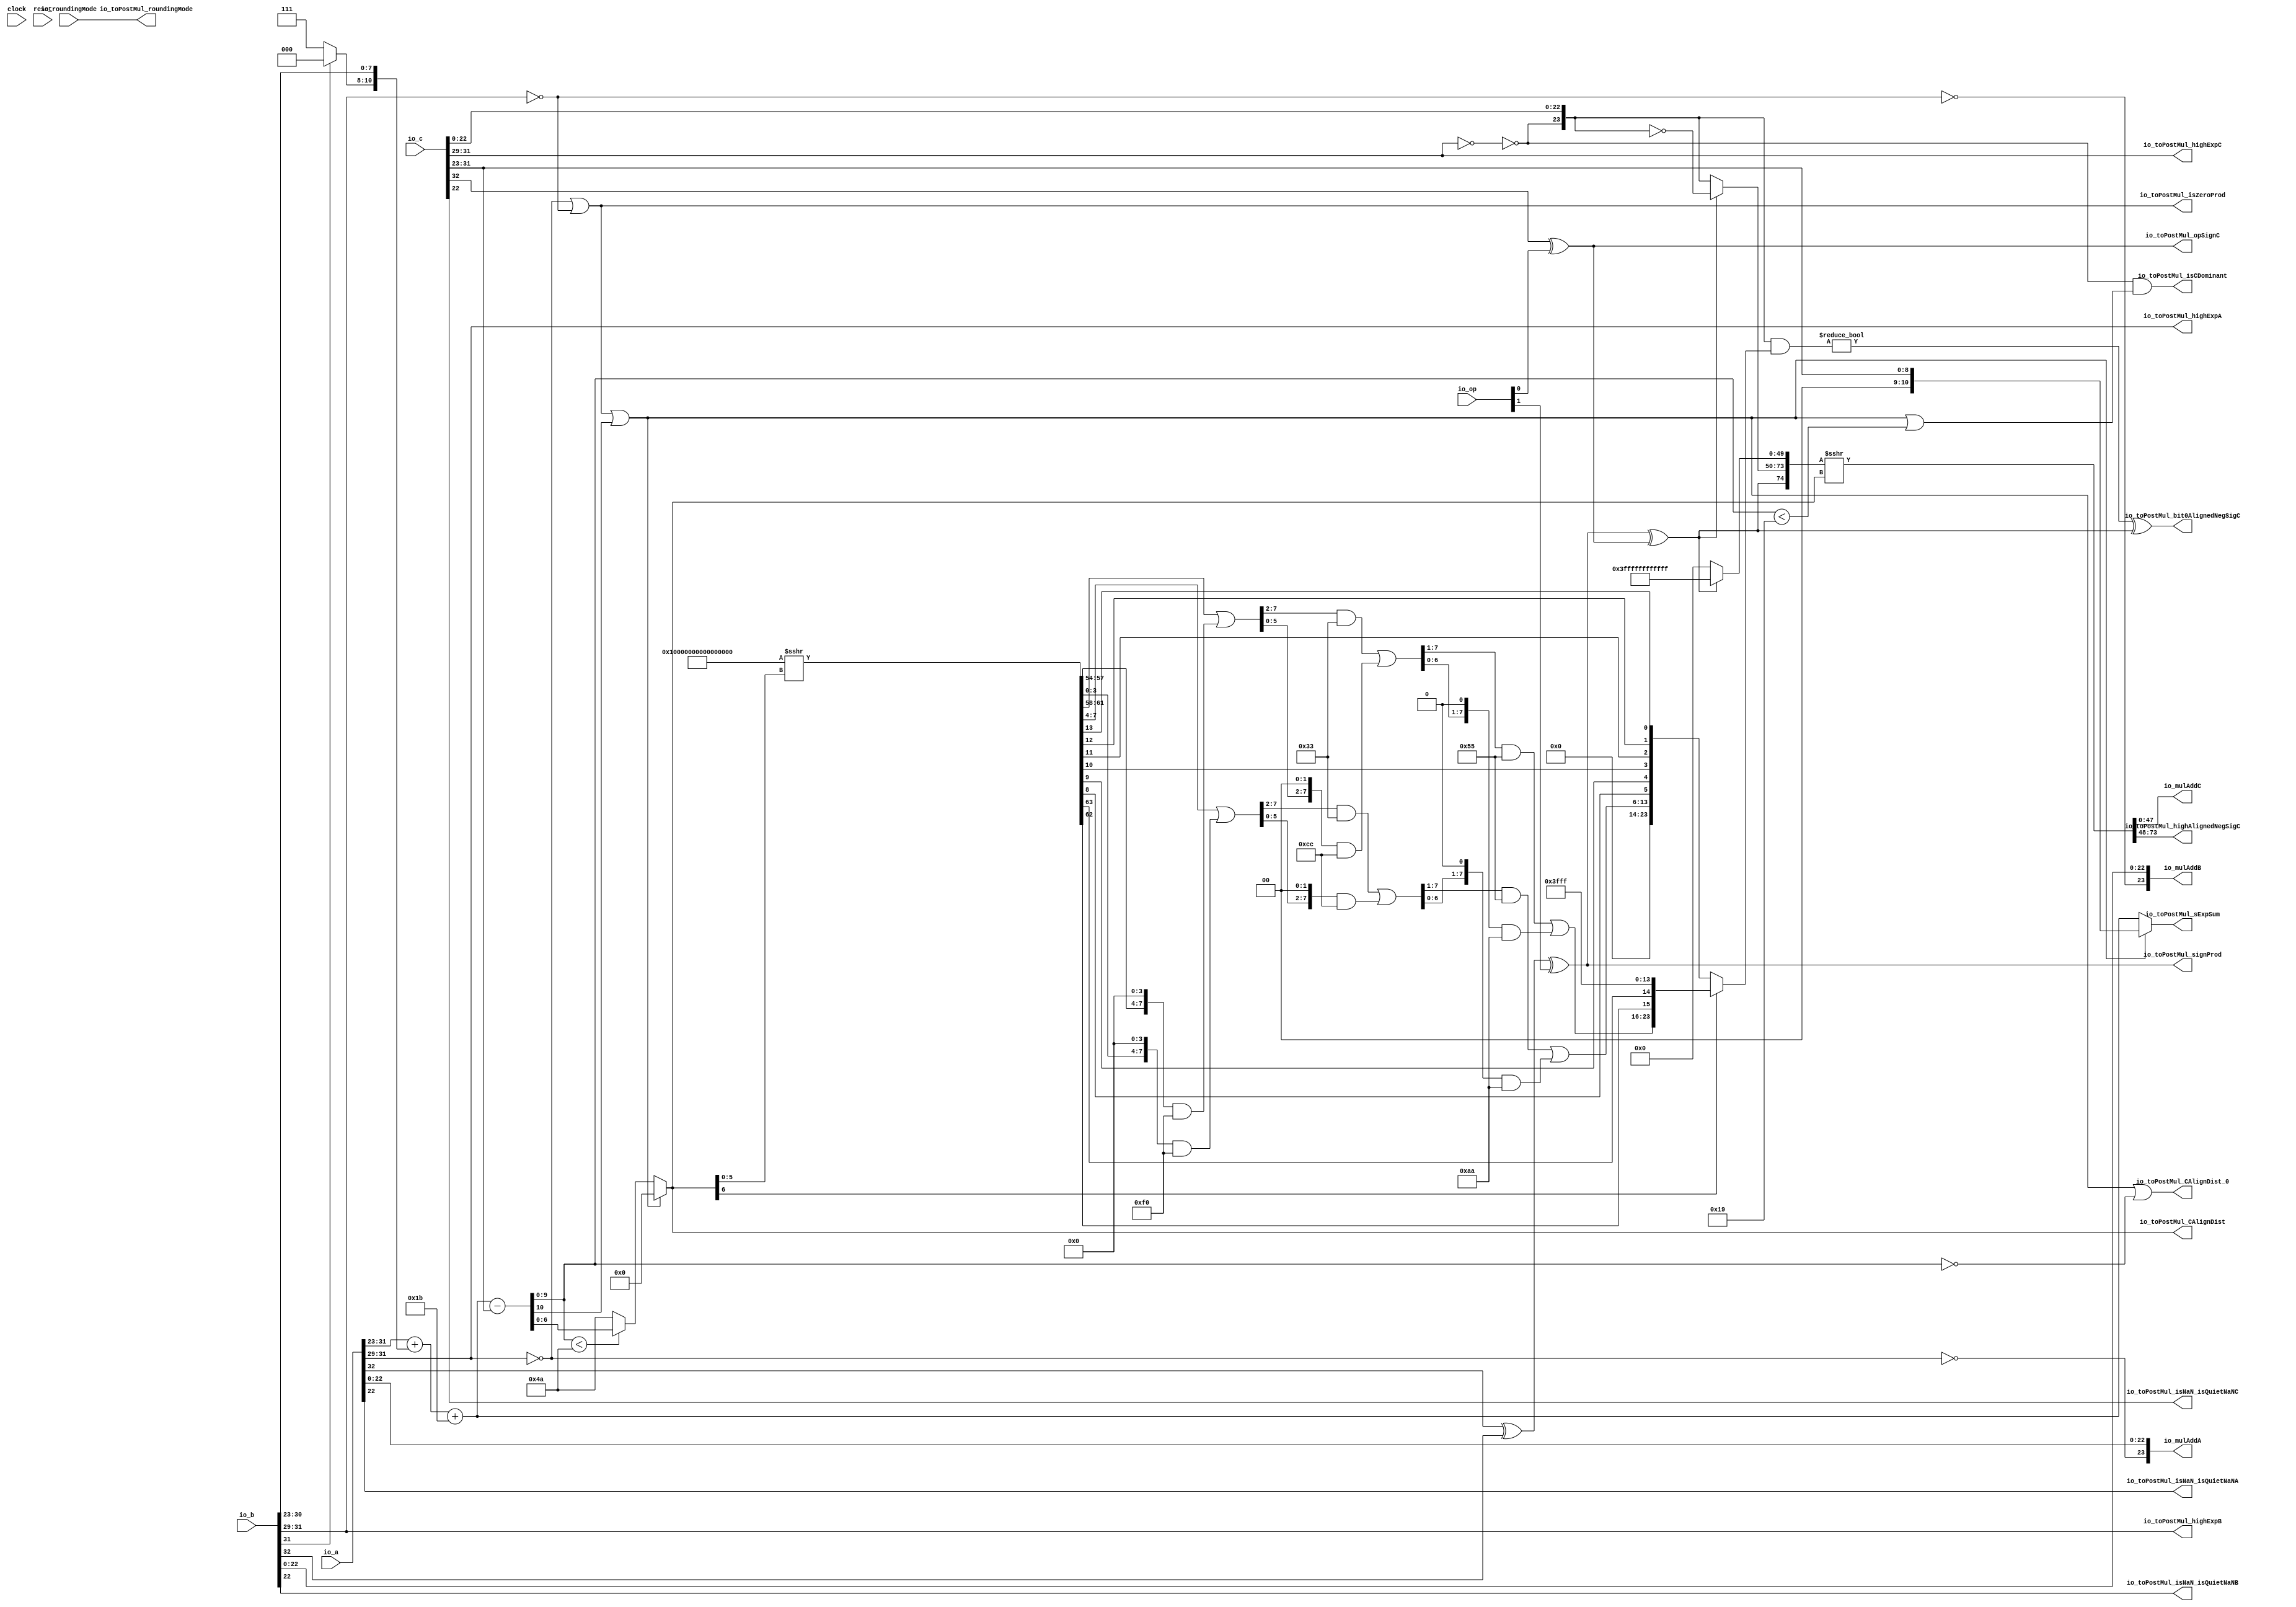
module MulAddRecFN_preMul(
  input   clock,
  input   reset,
  input  [1:0] io_op,
  input  [32:0] io_a,
  input  [32:0] io_b,
  input  [32:0] io_c,
  input  [1:0] io_roundingMode,
  output [23:0] io_mulAddA,
  output [23:0] io_mulAddB,
  output [47:0] io_mulAddC,
  output [2:0] io_toPostMul_highExpA,
  output  io_toPostMul_isNaN_isQuietNaNA,
  output [2:0] io_toPostMul_highExpB,
  output  io_toPostMul_isNaN_isQuietNaNB,
  output  io_toPostMul_signProd,
  output  io_toPostMul_isZeroProd,
  output  io_toPostMul_opSignC,
  output [2:0] io_toPostMul_highExpC,
  output  io_toPostMul_isNaN_isQuietNaNC,
  output  io_toPostMul_isCDominant,
  output  io_toPostMul_CAlignDist_0,
  output [6:0] io_toPostMul_CAlignDist,
  output  io_toPostMul_bit0AlignedNegSigC,
  output [25:0] io_toPostMul_highAlignedNegSigC,
  output [10:0] io_toPostMul_sExpSum,
  output [1:0] io_toPostMul_roundingMode
);
  wire  signA;
  wire [8:0] expA;
  wire [22:0] fractA;
  wire [2:0] _T_52;
  wire  isZeroA;
  wire  _T_55;
  wire [23:0] sigA;
  wire  signB;
  wire [8:0] expB;
  wire [22:0] fractB;
  wire [2:0] _T_56;
  wire  isZeroB;
  wire  _T_59;
  wire [23:0] sigB;
  wire  _T_60;
  wire  _T_61;
  wire  opSignC;
  wire [8:0] expC;
  wire [22:0] fractC;
  wire [2:0] _T_62;
  wire  isZeroC;
  wire  _T_65;
  wire [23:0] sigC;
  wire  _T_66;
  wire  _T_67;
  wire  signProd;
  wire  isZeroProd;
  wire  _T_68;
  wire  _T_70;
  wire [2:0] _T_74;
  wire [7:0] _T_75;
  wire [10:0] _T_76;
  wire [10:0] _GEN_0;
  wire [11:0] _T_77;
  wire [10:0] _T_78;
  wire [11:0] _T_80;
  wire [10:0] sExpAlignedProd;
  wire  doSubMags;
  wire [10:0] _GEN_1;
  wire [11:0] _T_81;
  wire [10:0] sNatCAlignDist;
  wire  _T_82;
  wire  CAlignDist_floor;
  wire [9:0] _T_83;
  wire  _T_85;
  wire  CAlignDist_0;
  wire  _T_90;
  wire  _T_91;
  wire  isCDominant;
  wire  _T_95;
  wire [6:0] _T_96;
  wire [6:0] _T_98;
  wire [6:0] CAlignDist;
  wire [10:0] sExpSum;
  wire  _T_99;
  wire [5:0] _T_100;
  wire [64:0] _T_102;
  wire [9:0] _T_103;
  wire [7:0] _T_104;
  wire [3:0] _T_109;
  wire [7:0] _T_110;
  wire [3:0] _T_111;
  wire [7:0] _GEN_2;
  wire [7:0] _T_112;
  wire [7:0] _T_114;
  wire [7:0] _T_115;
  wire [5:0] _T_119;
  wire [7:0] _GEN_3;
  wire [7:0] _T_120;
  wire [5:0] _T_121;
  wire [7:0] _GEN_4;
  wire [7:0] _T_122;
  wire [7:0] _T_124;
  wire [7:0] _T_125;
  wire [6:0] _T_129;
  wire [7:0] _GEN_5;
  wire [7:0] _T_130;
  wire [6:0] _T_131;
  wire [7:0] _GEN_6;
  wire [7:0] _T_132;
  wire [7:0] _T_134;
  wire [7:0] _T_135;
  wire [1:0] _T_136;
  wire  _T_137;
  wire  _T_138;
  wire [1:0] _T_139;
  wire [9:0] _T_140;
  wire [23:0] _T_142;
  wire [13:0] _T_145;
  wire [7:0] _T_146;
  wire [3:0] _T_151;
  wire [7:0] _T_152;
  wire [3:0] _T_153;
  wire [7:0] _GEN_7;
  wire [7:0] _T_154;
  wire [7:0] _T_156;
  wire [7:0] _T_157;
  wire [5:0] _T_161;
  wire [7:0] _GEN_8;
  wire [7:0] _T_162;
  wire [5:0] _T_163;
  wire [7:0] _GEN_9;
  wire [7:0] _T_164;
  wire [7:0] _T_166;
  wire [7:0] _T_167;
  wire [6:0] _T_171;
  wire [7:0] _GEN_10;
  wire [7:0] _T_172;
  wire [6:0] _T_173;
  wire [7:0] _GEN_11;
  wire [7:0] _T_174;
  wire [7:0] _T_176;
  wire [7:0] _T_177;
  wire [5:0] _T_178;
  wire [3:0] _T_179;
  wire [1:0] _T_180;
  wire  _T_181;
  wire  _T_182;
  wire [1:0] _T_183;
  wire [1:0] _T_184;
  wire  _T_185;
  wire  _T_186;
  wire [1:0] _T_187;
  wire [3:0] _T_188;
  wire [1:0] _T_189;
  wire  _T_190;
  wire  _T_191;
  wire [1:0] _T_192;
  wire [5:0] _T_193;
  wire [13:0] _T_194;
  wire [23:0] CExtraMask;
  wire [23:0] _T_195;
  wire [23:0] negSigC;
  wire [49:0] _T_199;
  wire [24:0] _T_200;
  wire [74:0] _T_201;
  wire [74:0] _T_202;
  wire [74:0] _T_203;
  wire [23:0] _T_204;
  wire  _T_206;
  wire  _T_207;
  wire [74:0] _T_208;
  wire [75:0] _T_209;
  wire [74:0] alignedNegSigC;
  wire [47:0] _T_210;
  wire  _T_212;
  wire  _T_214;
  wire  _T_216;
  wire  _T_217;
  wire [25:0] _T_218;
  assign io_mulAddA = sigA;
  assign io_mulAddB = sigB;
  assign io_mulAddC = _T_210;
  assign io_toPostMul_highExpA = _T_52;
  assign io_toPostMul_isNaN_isQuietNaNA = _T_212;
  assign io_toPostMul_highExpB = _T_56;
  assign io_toPostMul_isNaN_isQuietNaNB = _T_214;
  assign io_toPostMul_signProd = signProd;
  assign io_toPostMul_isZeroProd = isZeroProd;
  assign io_toPostMul_opSignC = opSignC;
  assign io_toPostMul_highExpC = _T_62;
  assign io_toPostMul_isNaN_isQuietNaNC = _T_216;
  assign io_toPostMul_isCDominant = isCDominant;
  assign io_toPostMul_CAlignDist_0 = CAlignDist_0;
  assign io_toPostMul_CAlignDist = CAlignDist;
  assign io_toPostMul_bit0AlignedNegSigC = _T_217;
  assign io_toPostMul_highAlignedNegSigC = _T_218;
  assign io_toPostMul_sExpSum = sExpSum;
  assign io_toPostMul_roundingMode = io_roundingMode;
  assign signA = io_a[32];
  assign expA = io_a[31:23];
  assign fractA = io_a[22:0];
  assign _T_52 = expA[8:6];
  assign isZeroA = _T_52 == 3'h0;
  assign _T_55 = isZeroA == 1'h0;
  assign sigA = {_T_55,fractA};
  assign signB = io_b[32];
  assign expB = io_b[31:23];
  assign fractB = io_b[22:0];
  assign _T_56 = expB[8:6];
  assign isZeroB = _T_56 == 3'h0;
  assign _T_59 = isZeroB == 1'h0;
  assign sigB = {_T_59,fractB};
  assign _T_60 = io_c[32];
  assign _T_61 = io_op[0];
  assign opSignC = _T_60 ^ _T_61;
  assign expC = io_c[31:23];
  assign fractC = io_c[22:0];
  assign _T_62 = expC[8:6];
  assign isZeroC = _T_62 == 3'h0;
  assign _T_65 = isZeroC == 1'h0;
  assign sigC = {_T_65,fractC};
  assign _T_66 = signA ^ signB;
  assign _T_67 = io_op[1];
  assign signProd = _T_66 ^ _T_67;
  assign isZeroProd = isZeroA | isZeroB;
  assign _T_68 = expB[8];
  assign _T_70 = _T_68 == 1'h0;
  assign _T_74 = _T_70 ? 3'h7 : 3'h0;
  assign _T_75 = expB[7:0];
  assign _T_76 = {_T_74,_T_75};
  assign _GEN_0 = {{2'd0}, expA};
  assign _T_77 = _GEN_0 + _T_76;
  assign _T_78 = _T_77[10:0];
  assign _T_80 = _T_78 + 11'h1b;
  assign sExpAlignedProd = _T_80[10:0];
  assign doSubMags = signProd ^ opSignC;
  assign _GEN_1 = {{2'd0}, expC};
  assign _T_81 = sExpAlignedProd - _GEN_1;
  assign sNatCAlignDist = _T_81[10:0];
  assign _T_82 = sNatCAlignDist[10];
  assign CAlignDist_floor = isZeroProd | _T_82;
  assign _T_83 = sNatCAlignDist[9:0];
  assign _T_85 = _T_83 == 10'h0;
  assign CAlignDist_0 = CAlignDist_floor | _T_85;
  assign _T_90 = _T_83 < 10'h19;
  assign _T_91 = CAlignDist_floor | _T_90;
  assign isCDominant = _T_65 & _T_91;
  assign _T_95 = _T_83 < 10'h4a;
  assign _T_96 = sNatCAlignDist[6:0];
  assign _T_98 = _T_95 ? _T_96 : 7'h4a;
  assign CAlignDist = CAlignDist_floor ? 7'h0 : _T_98;
  assign sExpSum = CAlignDist_floor ? {{2'd0}, expC} : sExpAlignedProd;
  assign _T_99 = CAlignDist[6];
  assign _T_100 = CAlignDist[5:0];
  assign _T_102 = $signed(65'sh10000000000000000) >>> _T_100;
  assign _T_103 = _T_102[63:54];
  assign _T_104 = _T_103[7:0];
  assign _T_109 = _T_104[7:4];
  assign _T_110 = {{4'd0}, _T_109};
  assign _T_111 = _T_104[3:0];
  assign _GEN_2 = {{4'd0}, _T_111};
  assign _T_112 = _GEN_2 << 4;
  assign _T_114 = _T_112 & 8'hf0;
  assign _T_115 = _T_110 | _T_114;
  assign _T_119 = _T_115[7:2];
  assign _GEN_3 = {{2'd0}, _T_119};
  assign _T_120 = _GEN_3 & 8'h33;
  assign _T_121 = _T_115[5:0];
  assign _GEN_4 = {{2'd0}, _T_121};
  assign _T_122 = _GEN_4 << 2;
  assign _T_124 = _T_122 & 8'hcc;
  assign _T_125 = _T_120 | _T_124;
  assign _T_129 = _T_125[7:1];
  assign _GEN_5 = {{1'd0}, _T_129};
  assign _T_130 = _GEN_5 & 8'h55;
  assign _T_131 = _T_125[6:0];
  assign _GEN_6 = {{1'd0}, _T_131};
  assign _T_132 = _GEN_6 << 1;
  assign _T_134 = _T_132 & 8'haa;
  assign _T_135 = _T_130 | _T_134;
  assign _T_136 = _T_103[9:8];
  assign _T_137 = _T_136[0];
  assign _T_138 = _T_136[1];
  assign _T_139 = {_T_137,_T_138};
  assign _T_140 = {_T_135,_T_139};
  assign _T_142 = {_T_140,14'h3fff};
  assign _T_145 = _T_102[13:0];
  assign _T_146 = _T_145[7:0];
  assign _T_151 = _T_146[7:4];
  assign _T_152 = {{4'd0}, _T_151};
  assign _T_153 = _T_146[3:0];
  assign _GEN_7 = {{4'd0}, _T_153};
  assign _T_154 = _GEN_7 << 4;
  assign _T_156 = _T_154 & 8'hf0;
  assign _T_157 = _T_152 | _T_156;
  assign _T_161 = _T_157[7:2];
  assign _GEN_8 = {{2'd0}, _T_161};
  assign _T_162 = _GEN_8 & 8'h33;
  assign _T_163 = _T_157[5:0];
  assign _GEN_9 = {{2'd0}, _T_163};
  assign _T_164 = _GEN_9 << 2;
  assign _T_166 = _T_164 & 8'hcc;
  assign _T_167 = _T_162 | _T_166;
  assign _T_171 = _T_167[7:1];
  assign _GEN_10 = {{1'd0}, _T_171};
  assign _T_172 = _GEN_10 & 8'h55;
  assign _T_173 = _T_167[6:0];
  assign _GEN_11 = {{1'd0}, _T_173};
  assign _T_174 = _GEN_11 << 1;
  assign _T_176 = _T_174 & 8'haa;
  assign _T_177 = _T_172 | _T_176;
  assign _T_178 = _T_145[13:8];
  assign _T_179 = _T_178[3:0];
  assign _T_180 = _T_179[1:0];
  assign _T_181 = _T_180[0];
  assign _T_182 = _T_180[1];
  assign _T_183 = {_T_181,_T_182};
  assign _T_184 = _T_179[3:2];
  assign _T_185 = _T_184[0];
  assign _T_186 = _T_184[1];
  assign _T_187 = {_T_185,_T_186};
  assign _T_188 = {_T_183,_T_187};
  assign _T_189 = _T_178[5:4];
  assign _T_190 = _T_189[0];
  assign _T_191 = _T_189[1];
  assign _T_192 = {_T_190,_T_191};
  assign _T_193 = {_T_188,_T_192};
  assign _T_194 = {_T_177,_T_193};
  assign CExtraMask = _T_99 ? _T_142 : {{10'd0}, _T_194};
  assign _T_195 = ~ sigC;
  assign negSigC = doSubMags ? _T_195 : sigC;
  assign _T_199 = doSubMags ? 50'h3ffffffffffff : 50'h0;
  assign _T_200 = {doSubMags,negSigC};
  assign _T_201 = {_T_200,_T_199};
  assign _T_202 = $signed(_T_201);
  assign _T_203 = $signed(_T_202) >>> CAlignDist;
  assign _T_204 = sigC & CExtraMask;
  assign _T_206 = _T_204 != 24'h0;
  assign _T_207 = _T_206 ^ doSubMags;
  assign _T_208 = $unsigned(_T_203);
  assign _T_209 = {_T_208,_T_207};
  assign alignedNegSigC = _T_209[74:0];
  assign _T_210 = alignedNegSigC[48:1];
  assign _T_212 = fractA[22];
  assign _T_214 = fractB[22];
  assign _T_216 = fractC[22];
  assign _T_217 = alignedNegSigC[0];
  assign _T_218 = alignedNegSigC[74:49];
endmodule